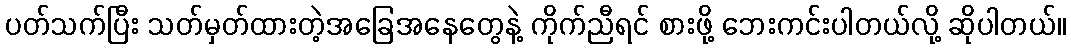
ပတ်သက်ပြီး သတ်မှတ်ထားတဲ့အခြေအနေတွေနဲ့ ကိုက်ညီရင် စားဖို့ ဘေးကင်းပါတယ်လို့ ဆိုပါတယ်။